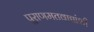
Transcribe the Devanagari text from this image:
पुराणमतवाद्यांशी